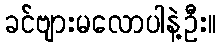
ခင်ဗျားမလောပါနဲ့ဦး။